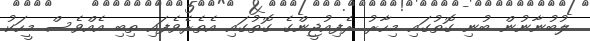
ލުބުނާނުން ބުނި ގޮތުގައި މިހާރު ރެފިއުޖީންގެ ގޮތުގައި އެތެރެވެފައި ތިބި އެއްވެސް މީހަކު